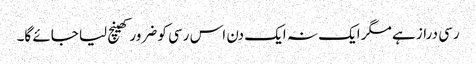
رسی دراز ہے مگر ایک نہ ایک دن اس رسی کو ضرور کھینچ لیا جائے گا۔